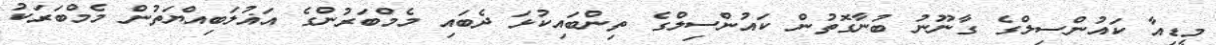
މީޑިއާ ކައުންސިލްގެ ގާނޫނު ބުނާގޮތުން ކައުންސިލްގެ ތިންބައިކުޅަ ދެބައި މެމްބަރުންގެ އަޣުލަބިއްޔަތުން މެމްބަރަކު